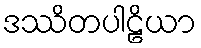
ဒဿိတပါဠိယာ